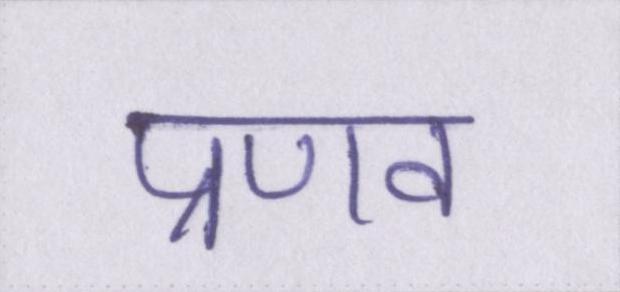
प्रणव